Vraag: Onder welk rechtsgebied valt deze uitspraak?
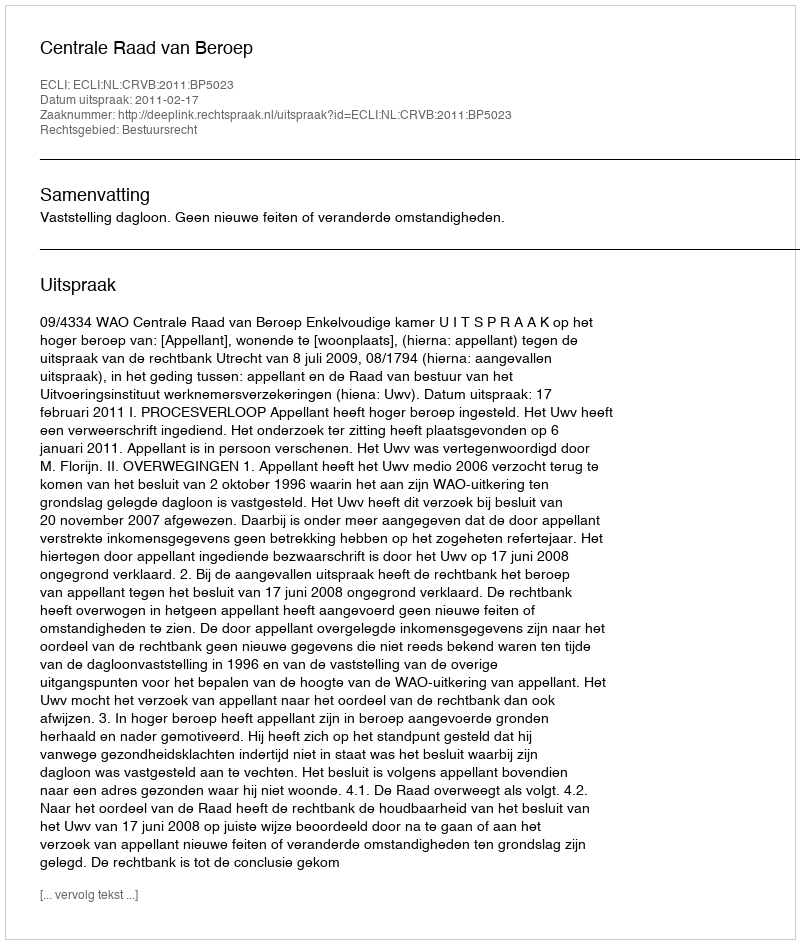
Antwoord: Bestuursrecht